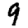
Digit: 9